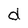
Character: d